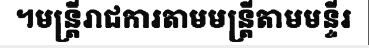
។មន្ត្រីរាជការតាមមន្ត្រីតាមមន្ទីរ